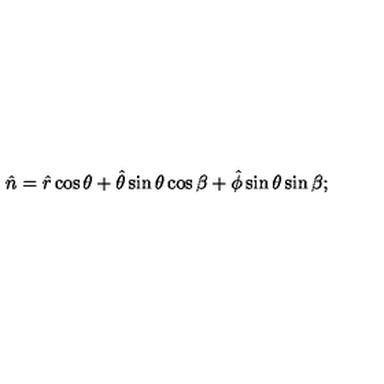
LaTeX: \hat { n } = \hat { r } \cos \theta + \hat { \theta } \sin \theta \cos \beta + \hat { \phi } \sin \theta \sin \beta ;